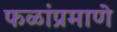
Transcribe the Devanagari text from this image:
फळांप्रमाणे